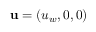
\mathbf { u } = ( u _ { w } , 0 , 0 )